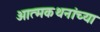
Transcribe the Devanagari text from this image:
आत्मकथनांच्या